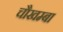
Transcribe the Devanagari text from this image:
चाैखम्बा